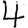
Digit: 4